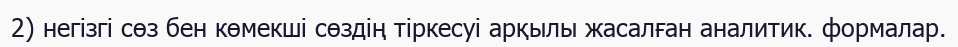
2) негізгі сөз бен көмекші сөздің тіркесуі арқылы жасалған аналитик. формалар.